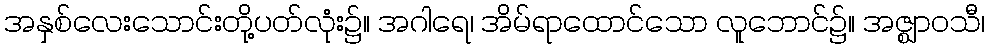
အနှစ်လေးသောင်းတို့ပတ်လုံး၌။ အဂါရေ၊ အိမ်ရာထောင်သော လူဘောင်၌။ အဇ္ဈာဝသီ၊